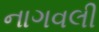
નાગવલી